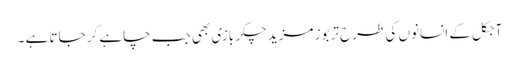
آجکل کے انسانوں کی طرح تربوز مزید چکر بازی بھی جب چاہے کر جاتا ہے ۔